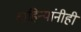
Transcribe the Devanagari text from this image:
वाहिन्यांनीही